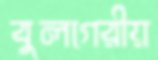
বুলগেরীয়